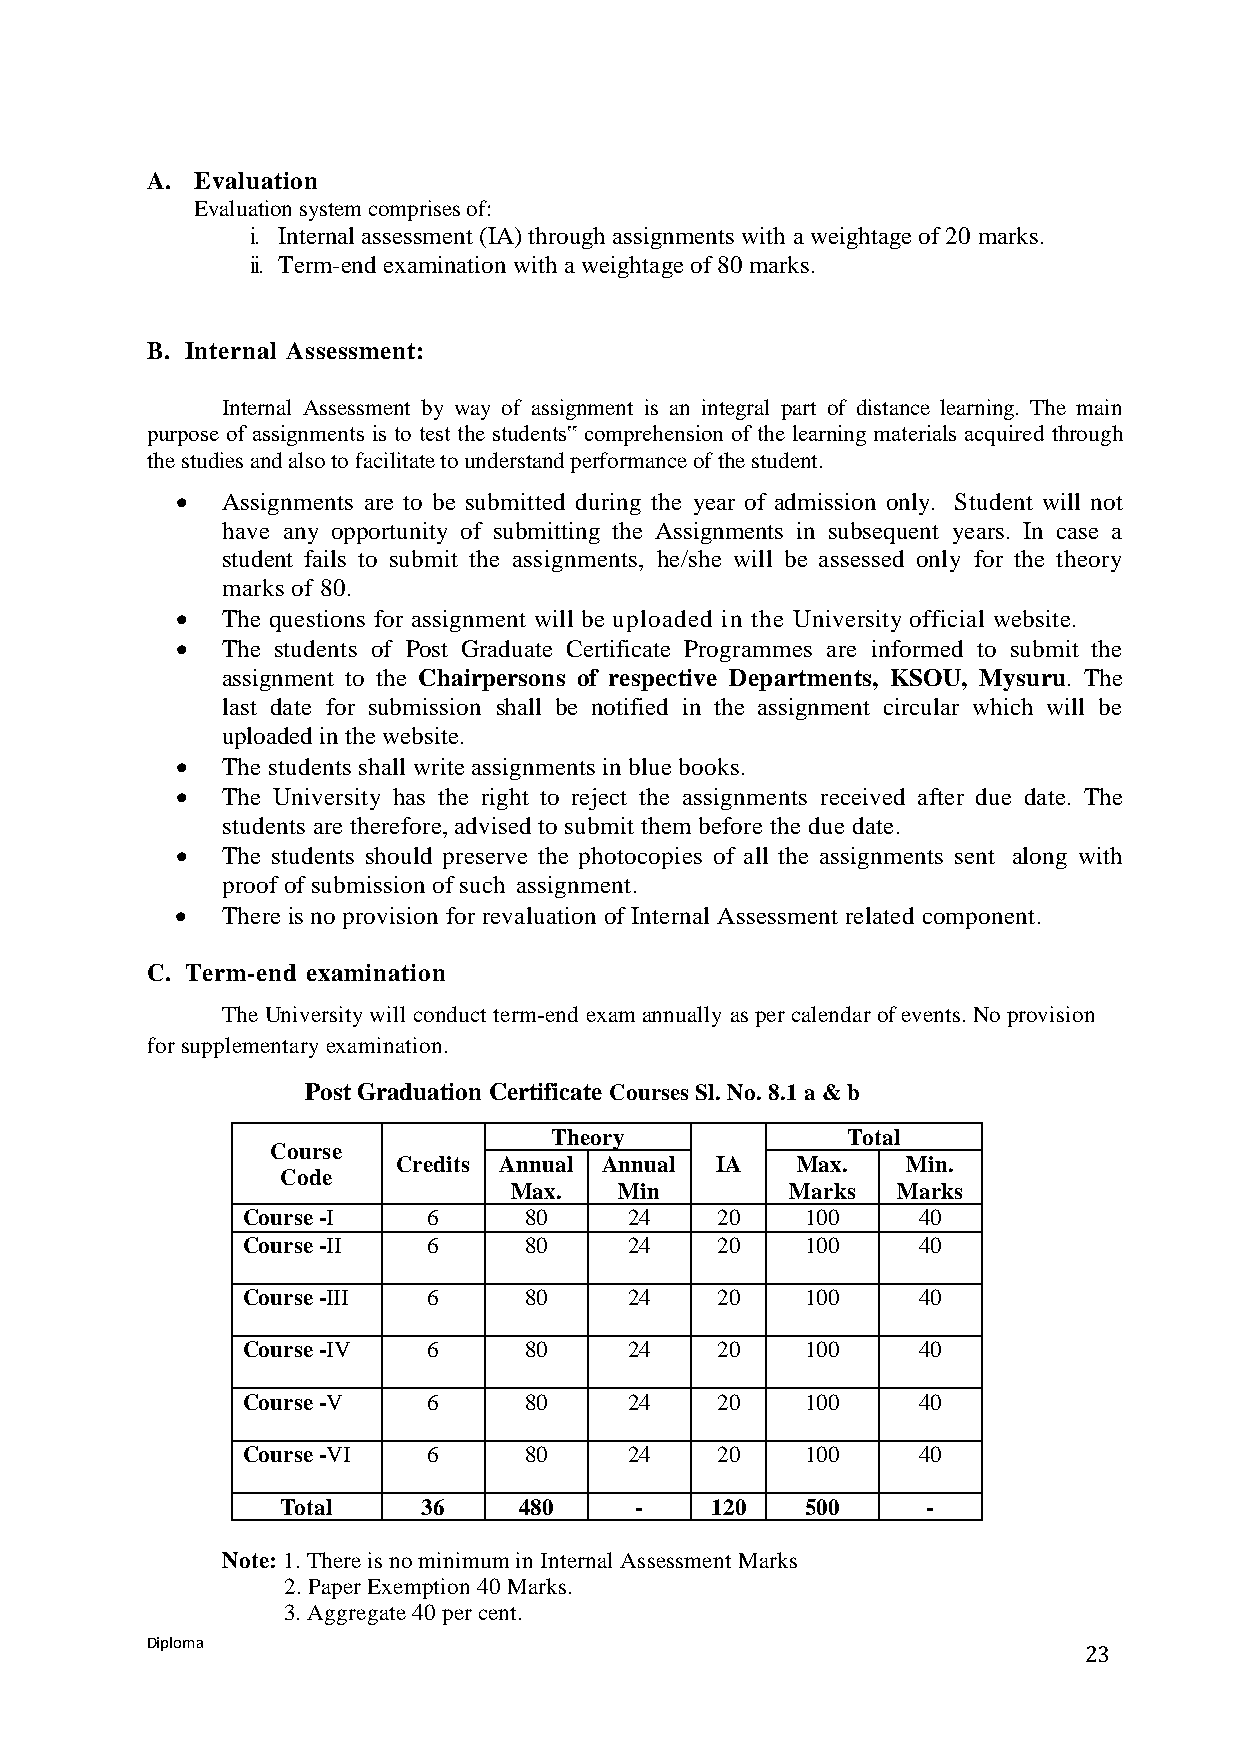
A. Evaluation
 Evaluation system comprises of:
 i. Internal assessment (IA) through assignments with a weightage of 20 marks.
 ii. Term-end examination with a weightage of 80 marks.
 B. Internal Assessment:
 Internal Assessment by way of assignment is an integral part of distance learning. The main
 purpose of assignments is to test the students‟ comprehension of the learning materials acquired through
 the studies and also to facilitate to understand performance of the student.
   Assignments are to be submitted during the year of admission only. Student will not
 have any opportunity of submitting the Assignments in subsequent years. In case a
 student fails to submit the assignments, he/she will be assessed only for the theory
 marks of 80.
   The questions for assignment will be uploaded in the University official website.
   The students of Post Graduate Certificate Programmes are informed to submit the
 assignment to the Chairpersons of respective Departments, KSOU, Mysuru. The
 last date for submission shall be notified in the assignment circular which will be
 uploaded in the website.
   The students shall write assignments in blue books.
   The University has the right to reject the assignments received after due date. The
 students are therefore, advised to submit them before the due date.
   The students should preserve the photocopies of all the assignments sent along with
 proof of submission of such assignment.
   There is no provision for revaluation of Internal Assessment related component.
 C. Term-end examination
 The University will conduct term-end exam annually as per calendar of events. No provision
 for supplementary examination.
 Post Graduation Certificate Courses Sl. No. 8.1 a & b
 Theory              Total
 Course
 Credits Annual Annual IA   Max.   Min.
 Code
 Max.   Min        Marks  Marks
 Course -I   6      80     24   20    100     40
 Course -II  6      80     24   20    100     40
 Course -III 6      80     24   20    100     40
 Course -IV  6      80     24   20    100     40
 Course -V   6      80     24   20    100     40
 Course -VI  6      80     24   20    100     40
 Total    36    480     -    120   500     -
 Note: 1. There is no minimum in Internal Assessment Marks
 2. Paper Exemption 40 Marks.
 3. Aggregate 40 per cent.
 Diploma
 23